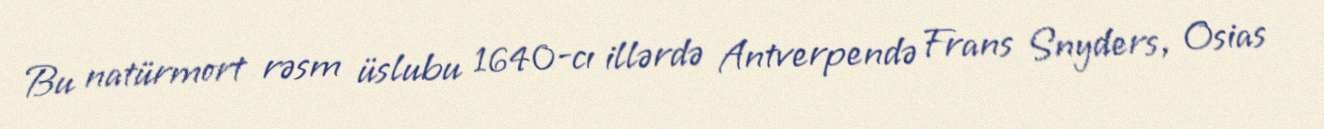
Bu natürmort rəsm üslubu 1640-cı illərdə Antverpendə Frans Snyders, Osias